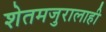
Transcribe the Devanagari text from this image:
शेतमजुरालाही